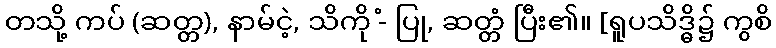
တသို့ ကပ် (ဆတ္တ), နာမ်ငဲ့, သိကို -ံ ပြု, ဆတ္တံ ပြီး၏။ [ရူပသိဒ္ဓိ၌ ကွစိ